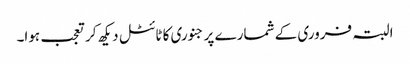
البتہ فروری کے شمارے پر جنوری کا ٹائٹل دیکھ کر تعجب ہوا۔